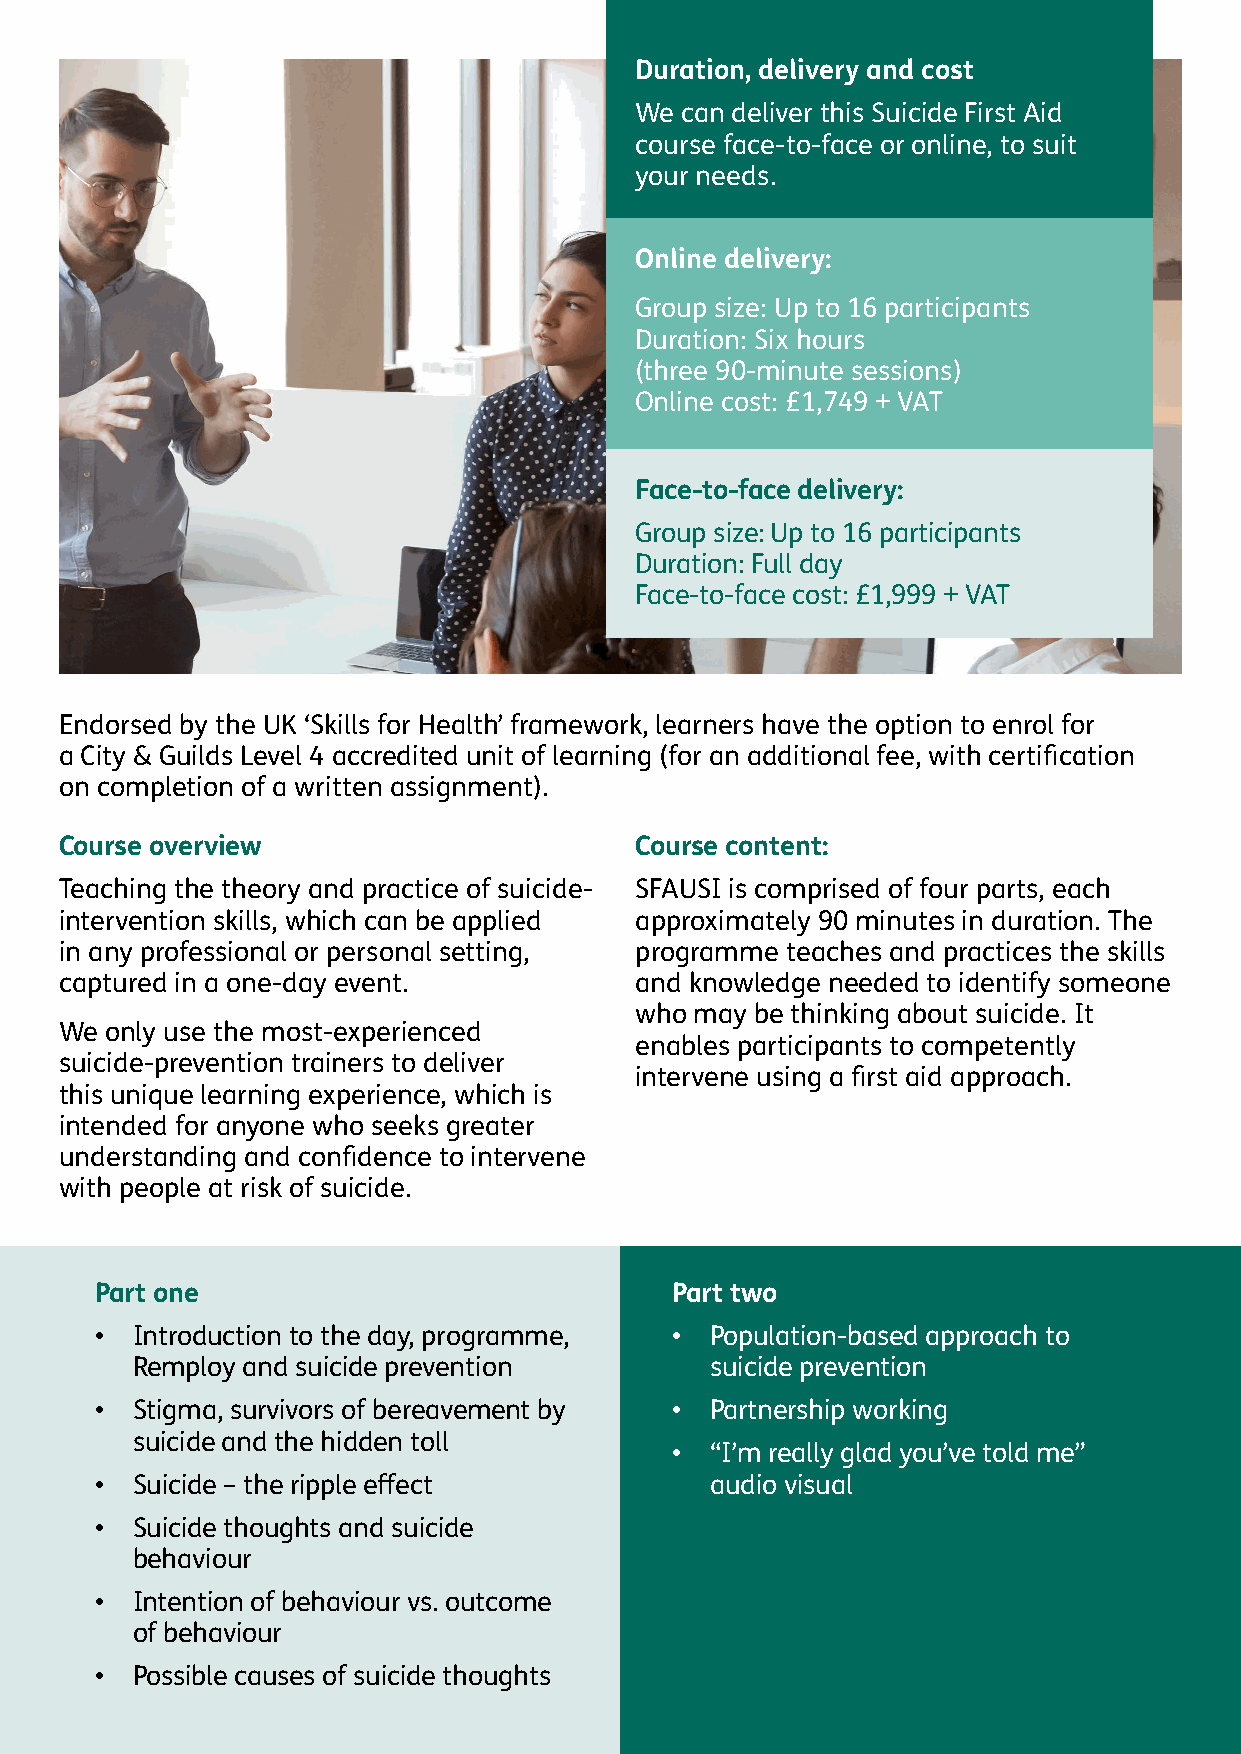
Duration, delivery and cost
 We can deliver this Suicide First Aid
 course face-to-face or online, to suit
 your needs.
 Online delivery:
 Group size: Up to 16 participants
 Duration: Six hours
 (three 90-minute sessions)
 Online cost: £1,749 + VAT
 Face-to-face delivery:
 Group size: Up to 16 participants
 Duration: Full day
 Face-to-face cost: £1,999 + VAT
 Endorsed by the UK ‘Skills for Health’ framework, learners have the option to enrol for
 a City & Guilds Level 4 accredited unit of learning (for an additional fee, with certification
 on completion of a written assignment).
 Course overview                       Course content:
 Teaching the theory and practice of suicide- SFAUSI is comprised of four parts, each
 intervention skills, which can be applied approximately 90 minutes in duration. The
 in any professional or personal setting, programme teaches and practices the skills
 captured in a one-day event.          and knowledge needed to identify someone
 who may be thinking about suicide. It
 We only use the most-experienced
 enables participants to competently
 suicide-prevention trainers to deliver
 intervene using a first aid approach.
 this unique learning experience, which is
 intended for anyone who seeks greater
 understanding and confidence to intervene
 with people at risk of suicide.
 Part one                              Part two
 •  Introduction to the day, programme, • Population-based approach to
 Remploy and suicide prevention        suicide prevention
 •  Stigma, survivors of bereavement by • Partnership working
 suicide and the hidden toll
 •  “I’m really glad you’ve told me”
 •  Suicide – the ripple effect           audio visual
 •  Suicide thoughts and suicide
 behaviour
 •  Intention of behaviour vs. outcome
 of behaviour
 •  Possible causes of suicide thoughts